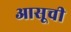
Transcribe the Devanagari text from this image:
आसूची